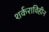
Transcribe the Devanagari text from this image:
शर्कराविहीन